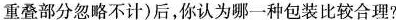
重叠部分忽略不计)后，你认为哪一种包装比较合理?